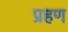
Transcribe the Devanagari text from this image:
प्रहण